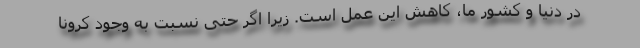
در دنیا و کشور ما، کاهش این عمل است. زیرا اگر حتی نسبت به وجود کرونا